Civil Veterinary Department Bihar & Orissa reports 1922-29 - 1922-1929
Year: 1922
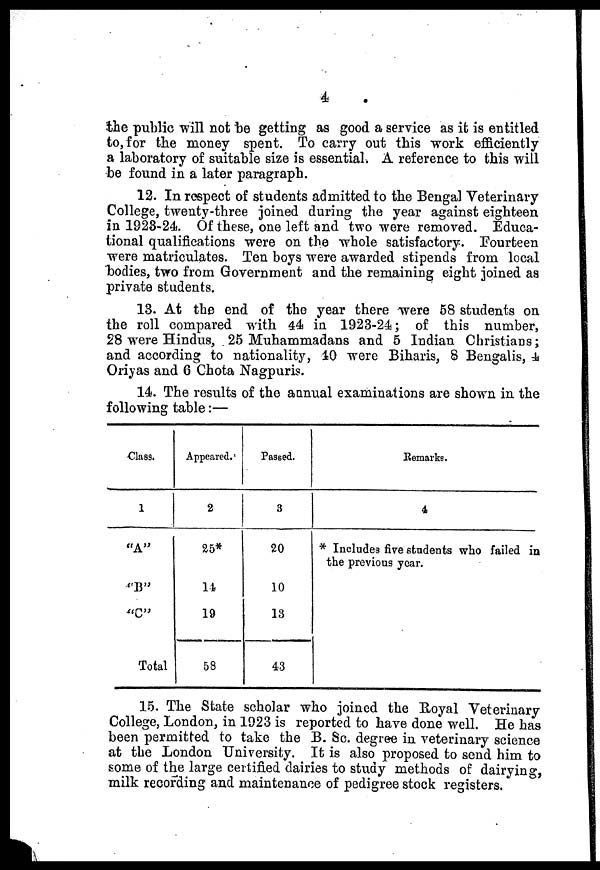
4
the public will not be getting as good a service as it is entitled
to, for the money spent. To carry out this work efficiently
a laboratory of suitable size is essential. A reference to this will
be found in a later paragraph.
12. In respect of students admitted to the Bengal Veterinary
College, twenty-three joined during the year against eighteen
in 1923-24. Of these, one left and two were removed. Educa-
tional qualifications were on the whole satisfactory. Fourteen
were matriculates. Ten boys were awarded stipends from local
bodies, two from Government and the remaining eight joined as
private students.
13. At the end of the year there were 68 students on
the roll compared with 44 in 1923-24; of this number,
28 were Hindus, 25 Muhammadans and 5 Indian Christians;
and according to nationality, 40 were Biharis, 8 Bengalis, 4
Oriyas and 6 Chota Nagpuris.
14. The results of the aanual examinations are shown in the
following table:—
Class.
1
"A"
"B"
"C"
Total
Appeared.
2
25*
11
19
58
Passed.
3
20
10
13
43
Remarks.
4
* Includes five students who failed in
the previous year.
15. The State scholar who joined the Royal Veterinary
College, London, in 1923 is reported to have done well. He has
been permitted to take the B. So. degree in veterinary science
at the London University. It is also proposed to send him to
some of the large certified dairies to study methods of dairying,
milk recording and maintenance of pedigree stock registers.